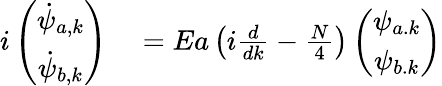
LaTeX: \begin{array}{rl}{i\left(\begin{array}{c}{\dot{\psi}_{a,k}}\\ {\dot{\psi}_{b,k}}\end{array}\right)}&{{}=Ea\left(i\frac{d}{dk}-\frac{N}{4}\right)\left(\begin{array}{c}{\psi_{a.k}}\\ {\psi_{b.k}}\end{array}\right)}\end{array}